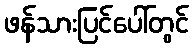
ဖန်သားပြင်ပေါ်တွင်